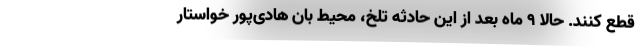
قطع کنند. حالا ۹ ماه بعد از این حادثه تلخ، محیط بان هادی‌پور خواستار